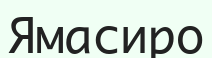
Ямасиро